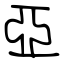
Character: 亞